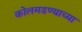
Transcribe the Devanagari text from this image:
कोलमडण्याच्या